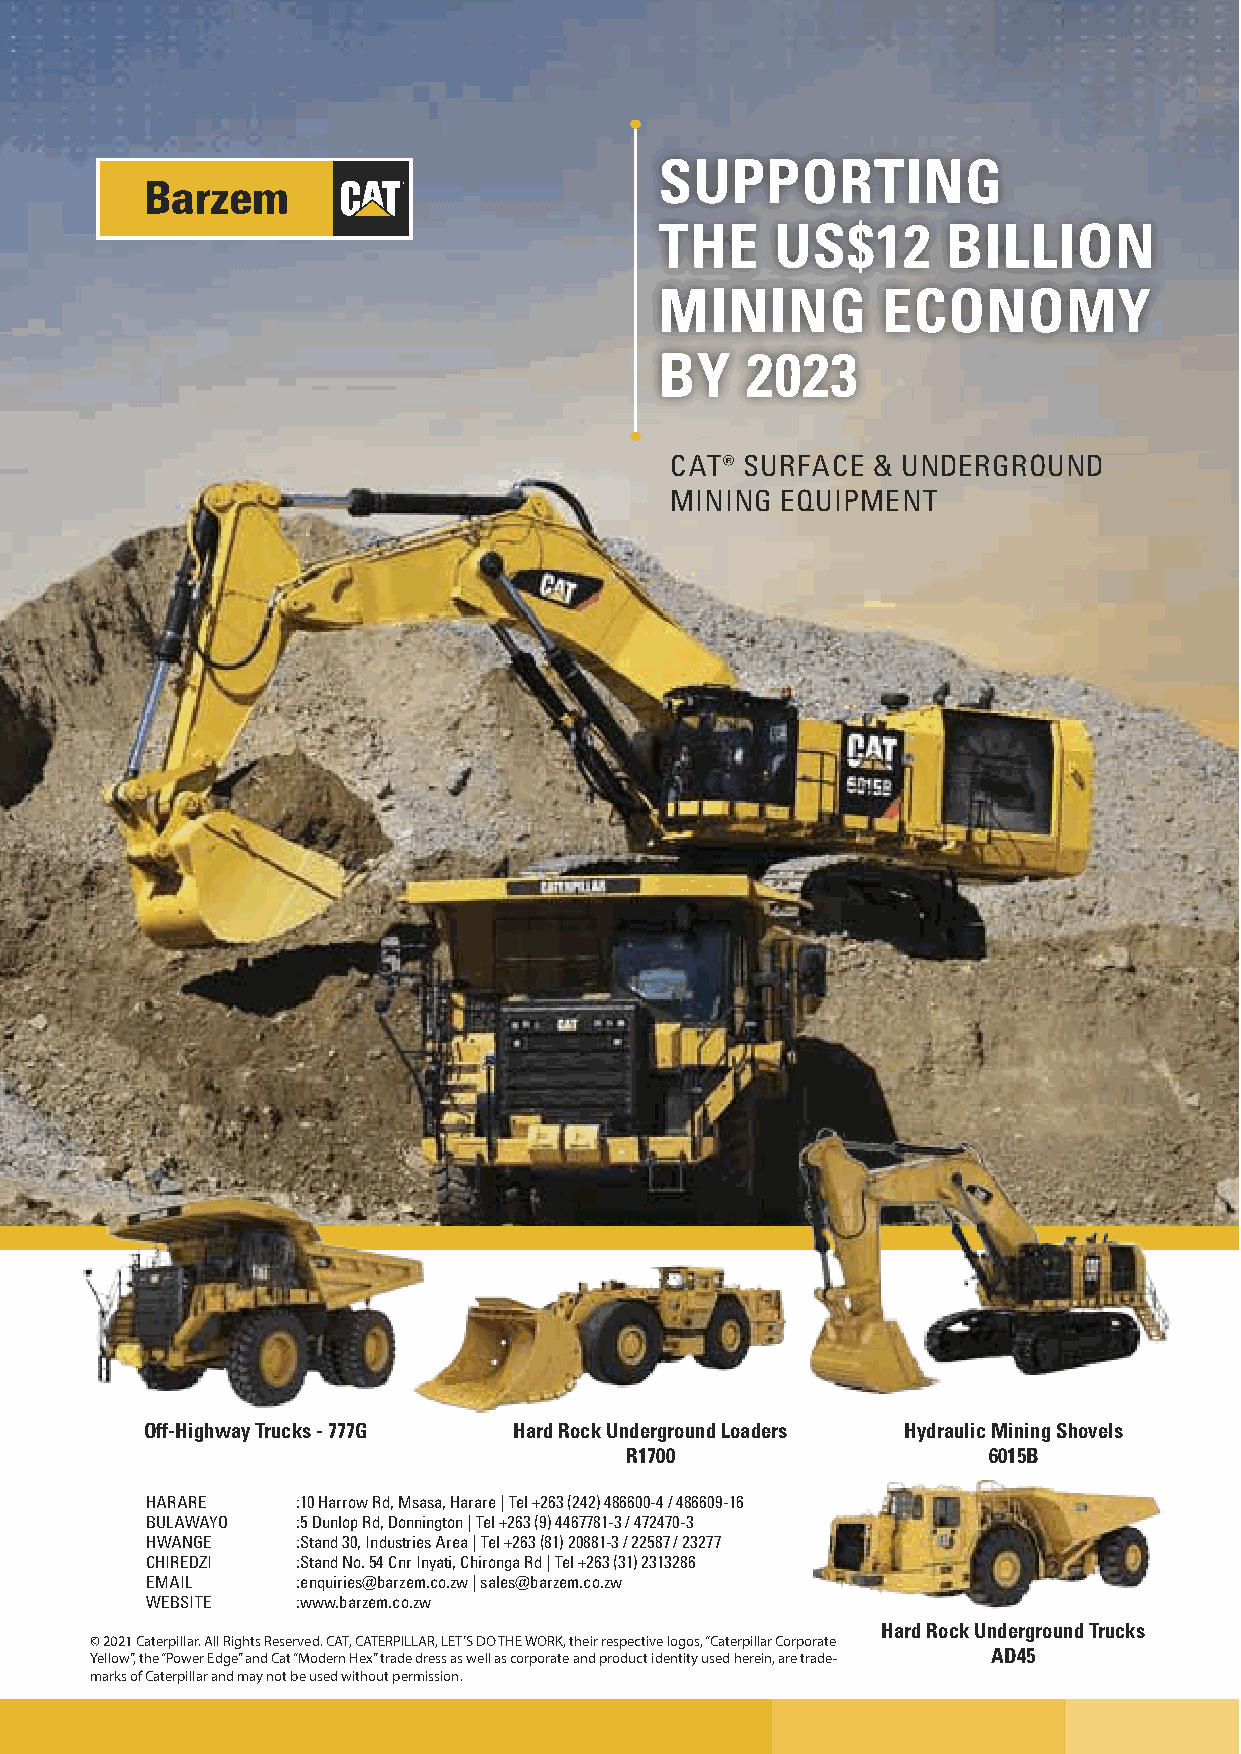
SUPPORTING
 THE    US$12       BILLION
 MINING        ECONOMY
 BY   2023
 CAT® SURFACE  & UNDERGROUND
 MINING  EQUIPMENT
 Off-Highway Trucks - 777G Hard Rock Underground Loaders Hydraulic Mining Shovels
 R1700                   6015B
 HARARE    :10 Harrow Rd, Msasa, Harare | Tel +263 (242) 486600-4 / 486609-16
 BULAWAYO  :5 Dunlop Rd, Donnington | Tel +263 (9) 4467781-3 / 472470-3
 HWANGE    :Stand 30, Industries Area | Tel +263 (81) 20881-3 / 22587 / 23277
 CHIREDZI  :Stand No. 54 Cnr Inyati, Chironga Rd | Tel +263 (31) 2313286
 EMAIL     :enquiries@barzem.co.zw | sales@barzem.co.zw
 WEBSITE   :www.barzem.co.zw
 Hard Rock Underground Trucks
 © 2021 Caterpillar. All Rights Reserved. CAT, CATERPILLAR, LET’S DO THE WORK, their respective logos, “Caterpillar Corporate
 Yellow”, the “Power Edge” and Cat “Modern Hex” trade dress as well as corporate and product identity used herein, are trade- AD45
 marks of Caterpillar and may not be used without permission.
 MMMMMMMMMMMMMMMMMMMiiiiiiiiiiiiiiiiiinnnnnnnnnnnnnnnnnneeeeeeeeeeeeeeeeee EEEEEEEEEEEEEEEEEEnnnnnnnnnnnnnnnnnnttttttttttttttttttrrrrrrrrrrrrrrrrrraaaaaaaaaaaaaaaaaa..................iiiiiiiiiiiiiiiiiinnnnnnnnnnnnnnnnnndddddddddddddddddddddddddddddddddddd 111111111111111111 1111111111111111111111222222222222222222222/////////////////////333333333333333333333/////////////////////222222222222222222222000000000000000000000222222222222222222222111111111111111111111 333333333333333333333:::::::::::::::::::::000000000000000000000444444444444444444444:::::::::::::::::::::000000000000000000000777777777777777777777 PPPPPPPPPPPPPPPPPPPPPMMMMMMMMMMMMMMMMMMMMM